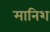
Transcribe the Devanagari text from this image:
मानिश